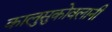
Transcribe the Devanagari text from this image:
कालुसुकोवलानी